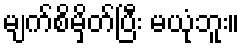
မျက်စိမှိတ်ပြီး မယုံဘူး။